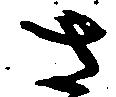
さ